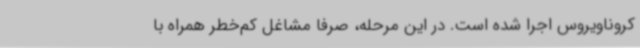
کروناویروس اجرا شده است. در این مرحله، صرفا مشاغل کم‌خطر همراه با